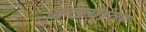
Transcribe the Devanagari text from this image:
जखमांवर